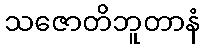
သဇောတိဘူတာနံ